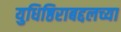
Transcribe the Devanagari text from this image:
युधिष्ठिराबद्दलच्या